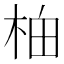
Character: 𬂯